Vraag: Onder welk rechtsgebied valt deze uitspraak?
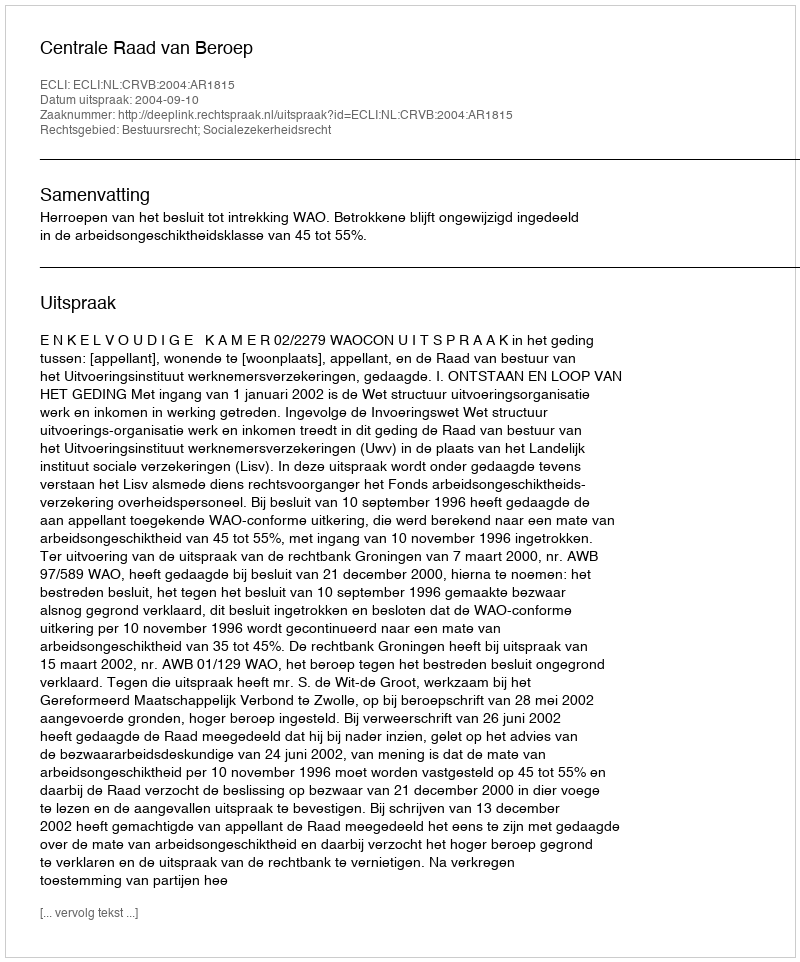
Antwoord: Bestuursrecht; Socialezekerheidsrecht